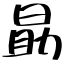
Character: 勗